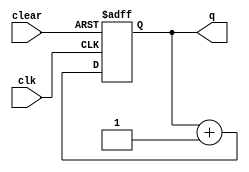
module upcount(clear, clk, q);
    // 1 clock cycle
    input clear,  clk;
    output reg q;

    always @(posedge clk or posedge clear) begin
        if (clear)
            q <= 1'b0;
        else
            q <= q + 1'b1;
    end
endmodule